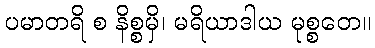
ပမာတရိ စ နိစ္စမှိ၊ မရိယာဒါယ မုစ္စတေ။